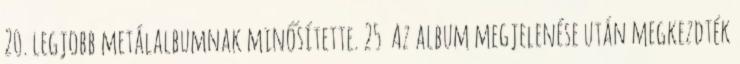
20. legjobb metálalbumnak minősítette. 25 Az album megjelenése után megkezdték